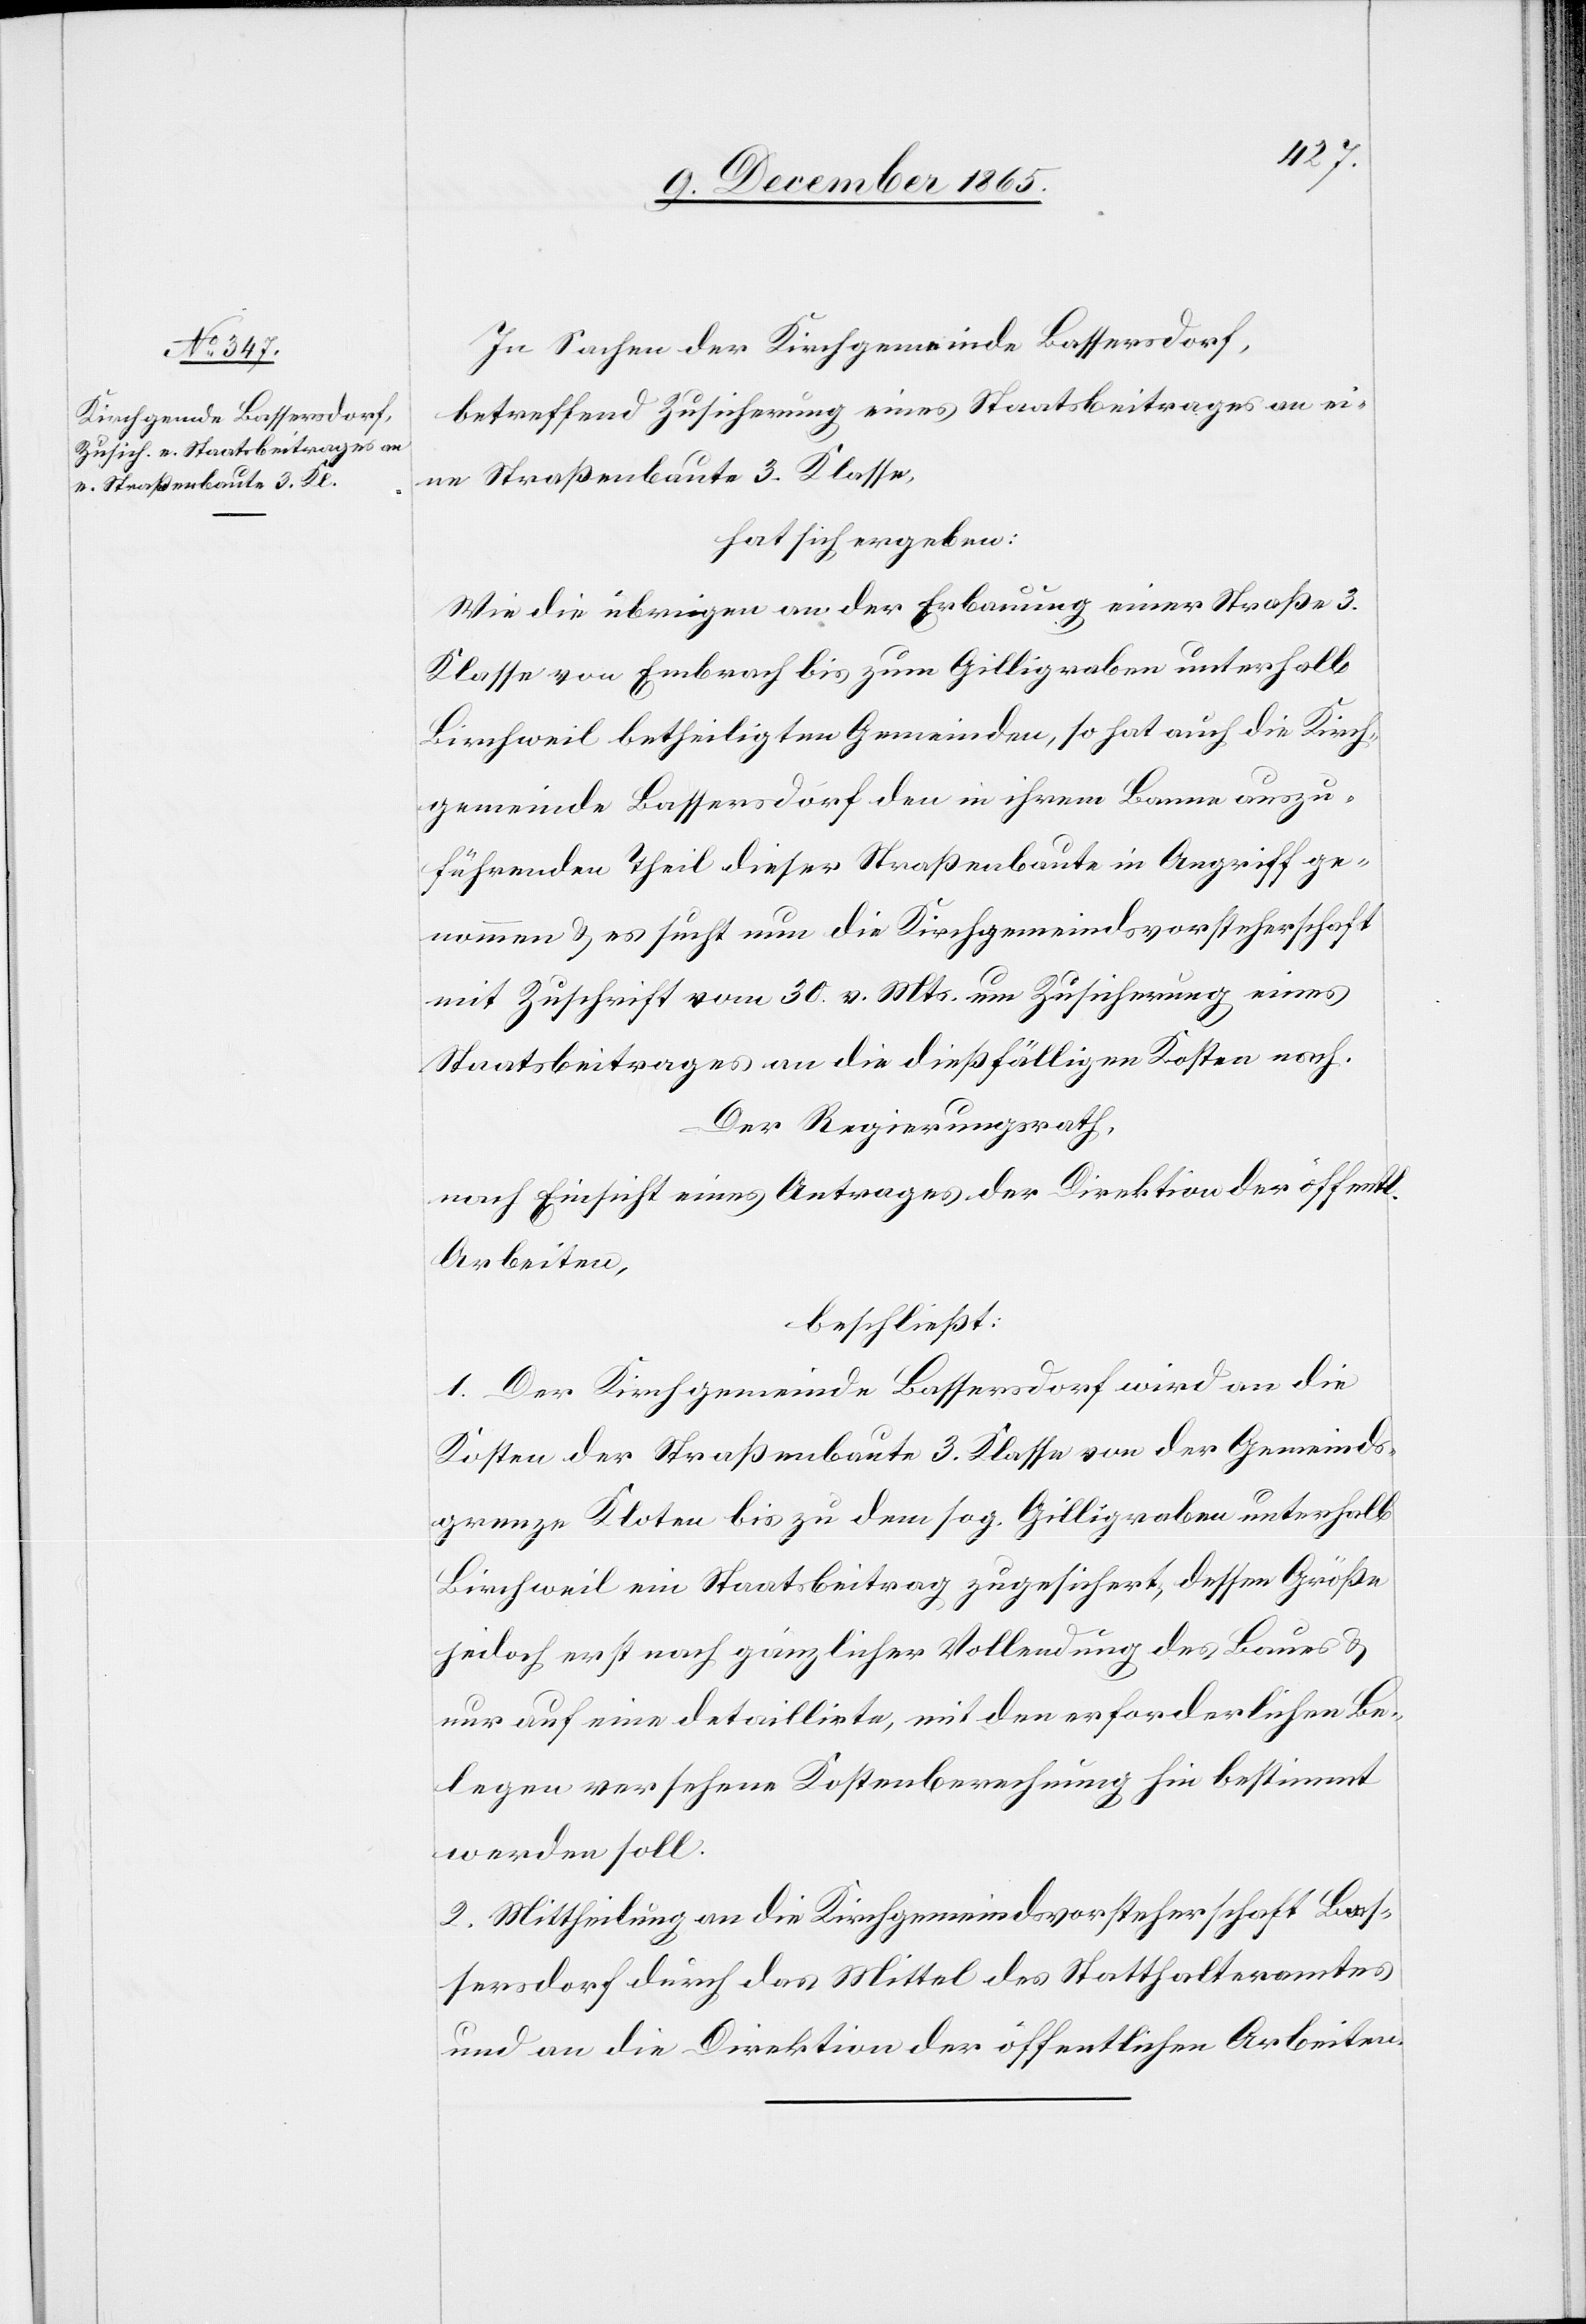
In Sachen der Kirchgemeinde Bassersdorf,
betreffend Zusicherung eines Staatsbeitrages an ei¬
ne Straßenbaute 3. Klasse,
hat sich ergeben:
Wie die übrigen an der Erbauung einer Straße 3.
Klasse von Embrach bis zum Gilligraben unterhalb
Birchweil betheiligten Gemeinden, so hat auch die Kirch¬
gemeinde Bassersdorf den in ihrem Banne auszu¬
führenden Theil dieser Straßenbaute in Angriff ge¬
nommen & es sucht nun die Kirchgemeindsvorsteherschaft
mit Zuschrift vom 30. v. Mts. um Zusicherung eines
Staatsbeitrages an die dießfälligen Kosten nach.
Der Regierungsrath,
nach Einsicht eines Antrages der Direktion der öffentl.
Arbeiten,
beschließt:
1. Der Kirchgemeinde Bassersdorf wird an die
Kosten der Straßenbaute 3. Klasse von der Gemeinds¬
grenze Kloten bis zu dem sog. Gilligraben unterhalb
Birchweil ein Staatsbeitrag zugesichert, dessen Größe
jedoch erst nach gänzlicher Vollendung des Baues &
nur auf eine detaillierte, mit den erforderlichen Be¬
legen versehene Kostenberechnung hin bestimmt
werden soll.
2. Mittheilung an die Kirchgemeindsvorsteherschaft Bas¬
sersdorf durch das Mittel des Statthalteramtes
und an die Direktion der öffentlichen Arbeiten.